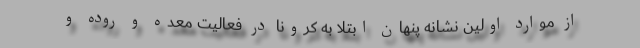
از موارد اولین نشانه پنهان ابتلا به کرونا در فعالیت معده و روده و